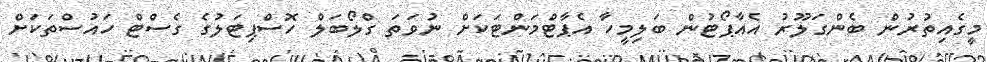
މީގެއިތުރުން ބެންގަލޫރު އެއާޕޯޓުން ބަލިމީހާ އެޕާޓްމަންޓަކަށް ނުވަތަ ގްލޯބަލް ހޮސްޕިޓަލުގެ ގެސްޓް ހައުސްތަކަށް